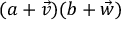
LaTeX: ( a + { \vec { v } } ) ( b + { \vec { w } } )